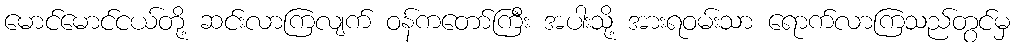
မောင်မောင်ငယ်တို့ ဆင်းလာကြလျက် ဝန်ကတော်ကြီး အပါးသို့ အားရဝမ်းသာ ရောက်လာကြသည်တွင်မှ